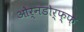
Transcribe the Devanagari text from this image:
ओर्नडोर्फ्फ़